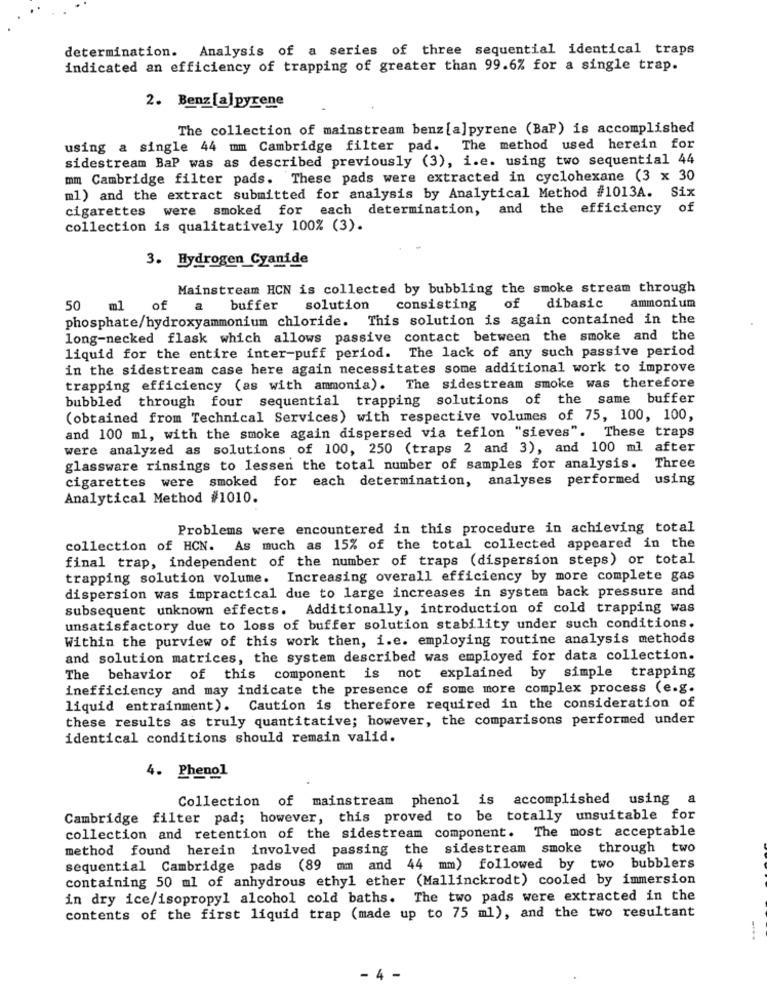
determination. Analysis of a series of three sequential identical traps
indicated an efficiency of trapping of greater than 99.6% for a single trap.
2. Benz [a]pyrene
The collection of mainstream benz [a]pyrene (BaP) is accomplished
using a single 44 mm Cambridge filter pad. The method used herein for
sidestream BaP was as described previously (3), i.e. using two sequential 44
mm Cambridge filter pads. These pads were extracted in cyclohexane (3 x 30
ml) and the extract submitted for analysis by Analytical Method #1013A. Six
cigarettes were smoked for each determination, and the efficiency of
collection is qualitatively 100% (3).
3. Hydrogen Cyanide
Mainstream HCN is collected by bubbling the smoke stream through
50
ml
of
a
buffer
solution
consisting
of
dibasic
ammonium
phosphate/hydroxyammonium chloride. This solution is again contained in the
long-necked flask which allows passive contact between the smoke and the
liquid for the entire inter-puff period. The lack of any such passive period
in the sidestream case here again necessitates some additional work to improve
trapping efficiency (as with ammonia). The sidestream smoke was therefore
bubbled through four sequential trapping solutions of the same buffer
(obtained from Technical Services) with respective volumes of 75, 100, 100,
and 100 ml, with the smoke again dispersed via teflon "sieves". These traps
were analyzed as solutions of 100, 250 (traps 2 and 3), and 100 ml after
glassware rinsings to lessen the total number of samples for analysis. Three
cigarettes were smoked for each determination, analyses performed
using
Analytical Method #1010.
Problems were encountered in this procedure in achieving total
collection of HCN. As much as 15% of the total collected appeared in the
final trap, independent of the number of traps (dispersion steps) or total
trapping solution volume. Increasing overall efficiency by more complete gas
dispersion was impractical due to large increases in system back pressure and
subsequent unknown effects. Additionally, introduction of cold trapping was
unsatisfactory due to loss of buffer solution stability under such conditions.
Within the purview of this work then, i.e. employing routine analysis methods
and solution matrices, the system described was employed for data collection.
The behavior of this component is not explained by simple trapping
inefficiency and may indicate the presence of some more complex process (e.g.
liquid entrainment). Caution is therefore required in the consideration of
these results as truly quantitative; however, the comparisons performed under
identical conditions should remain valid.
4. Phenol
Collection of mainstream phenol is accomplished using a
Cambridge filter pad; however, this proved to be totally unsuitable for
collection and retention of the sidestream component. The most acceptable
method found herein involved passing the sidestream smoke through two
sequential Cambridge pads (89 mm and 44 mm) followed by two bubblers
containing 50 ml of anhydrous ethyl ether (Mallinckrodt) cooled by immersion
in dry ice/isopropyl alcohol cold baths. The two pads were extracted in the
contents of the first liquid trap (made up to 75 ml), and the two resultant
- 4